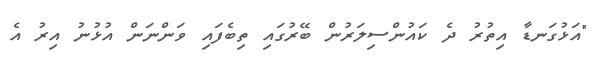
"އަޅުގަނޑާ އިތުރު ދެ ކައުންސިލަރުން ބޭރުގައި ތިބެފައި ވަންނަން އުޅުނު އިރު އެ